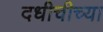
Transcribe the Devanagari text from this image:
दधीचीच्या